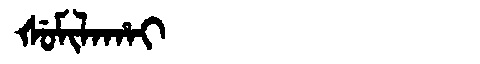
Manchu: ᡧᡠᠮᡳᠯᠠᡥᠠᡳ
Romanization: ŠUMILAHAI